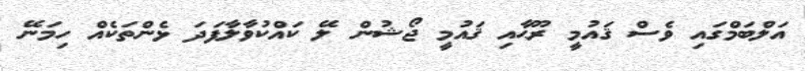
އަލްބަމްގައި ވެސް ޤައުމީ ރޫޙާއި ޤައުމީ ޖޯޝުން ލޭ ކައްކުވާލާފަދަ ޅެންތަކެއް ހިމަނޭ